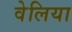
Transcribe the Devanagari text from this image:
वेलिया